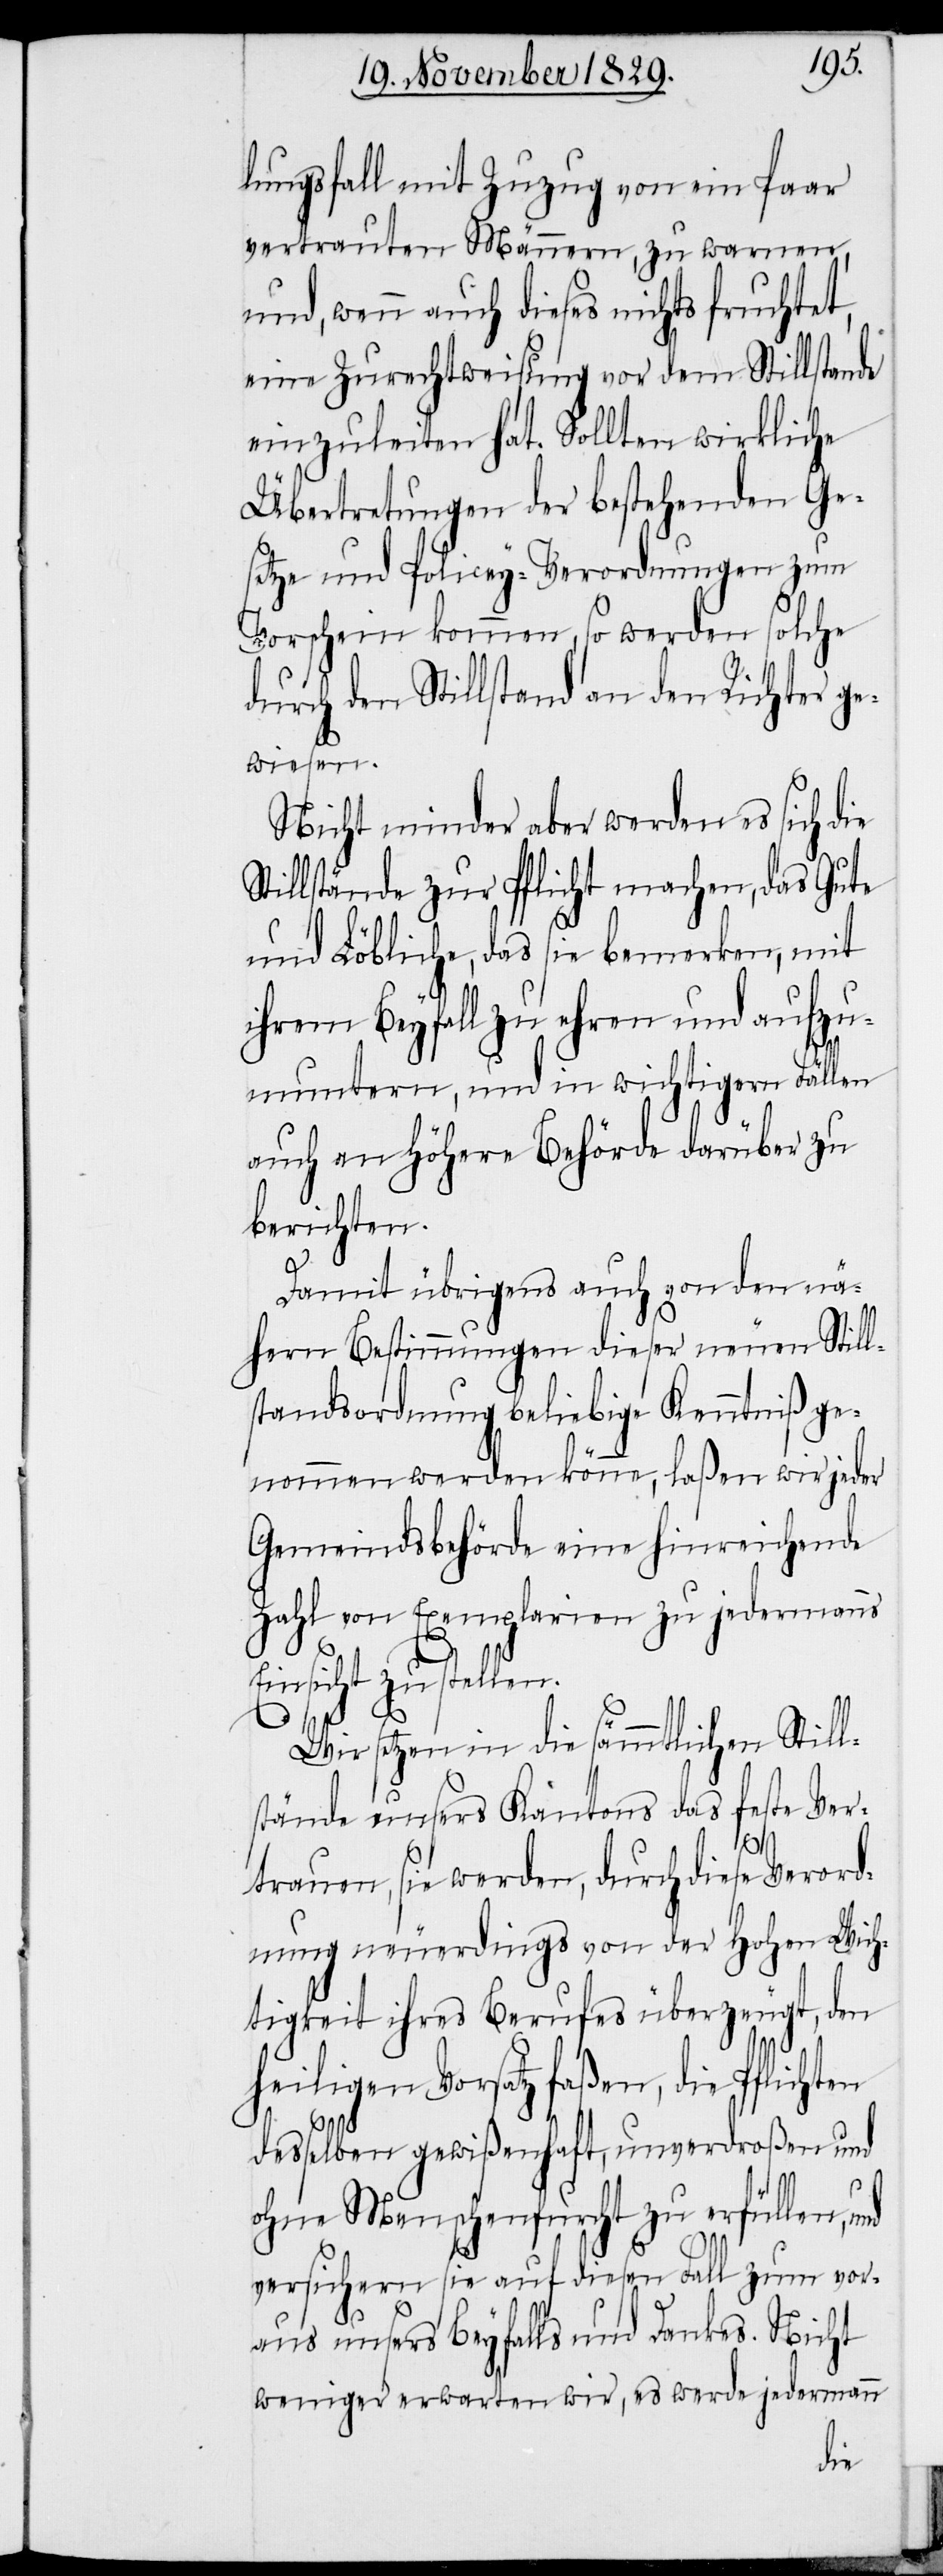
lungsfall mit Zuzug von ein Paar
vertrauten Männern, zu warnen,
und, wenn auch dieses nichts fruchtet,
eine Zurechtweisung vor dem Stillstande
einzuleiten hat. Sollten wirkliche
Übertretungen der bestehenden Ge¬
setze und Policey-Verordnungen zum
Vorschein kommen, so werden solche
durch den Stillstand an den Richter ge¬
wiesen.
Nicht minder aber werden es sich die
tillstände zur Pflicht machen, das Gute
und Löbliche, das sie bemerken, mit
ihrem Beyfall zu ehren und aufzu¬
muntern, und in wichtigern Fällen
auch an höhere Behörde darüber zu
berichten.
Damit übrigens auch von den nä¬
hern Bestimmungen dieser neuen Still¬
standsordnung beliebige Kenntniß ge¬
nommen werden könne, laßen wir jeder
Gemeindsbehörde eine hinreichende
Zahl von Exemplarien zu jedermanns
Einsicht zustellen.
Wir setzen in die sämmtlichen Still¬
stände unsers Kantons das feste Ver¬
trauen, sie werden, durch diese Verord¬
nung neuerdings von der hohen Wich¬
tigkeit ihres Berufes überzeugt, den
heiligen Vorsatz faßen, die Pflichten
desselben gewißenhaft, unverdroßen und
S¬
ohne Menschenfurcht zu erfüllen, und
versichern sie auf diesen Fall zum vor¬
aus unsers Beyfalls und Dankes. Nicht
weniger erwarten wir, es werde jedermann